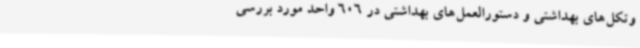
وتکل‌های بهداشتی و دستورالعمل‌های بهداشتی در 606 واحد مورد بررسی